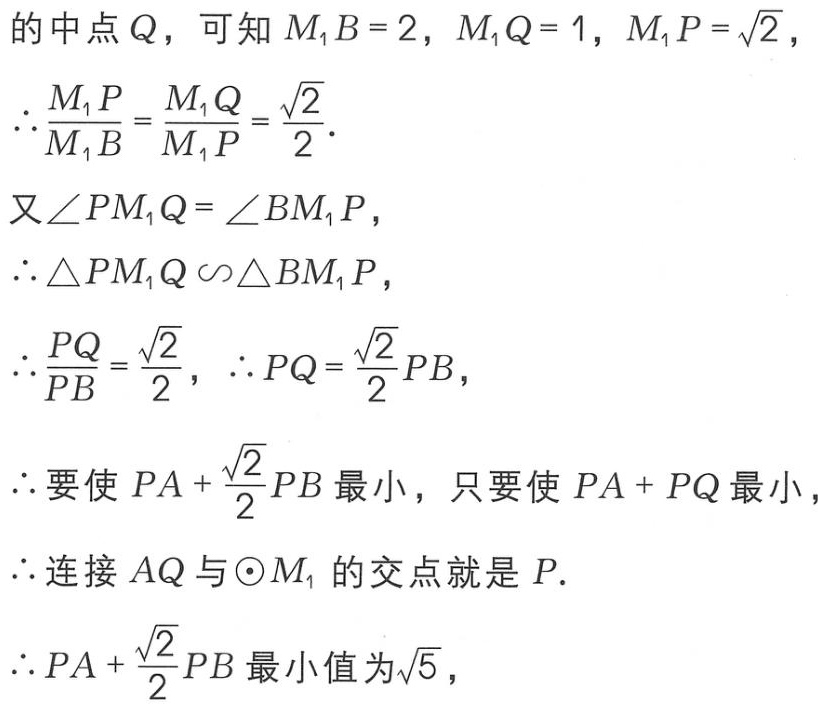
的中点\(Q\)，可知\(M_1B = 2\)，\(M_1Q = 1\)，\(M_1P = \sqrt{2}\)，
\(\therefore \frac{M_1P}{M_1B}=\frac{M_1Q}{M_1P}=\frac{\sqrt{2}}{2}\).
又\(\angle PM_1Q = \angle BM_1P\)，
\(\therefore \triangle PM_1Q \backsim \triangle BM_1P\)，
\(\therefore \frac{PQ}{PB}=\frac{\sqrt{2}}{2}\)，\(\therefore PQ = \frac{\sqrt{2}}{2}PB\)，
\(\therefore\)要使\(PA + \frac{\sqrt{2}}{2}PB\)最小，只要使\(PA + PQ\)最小，
\(\therefore\)连接\(AQ\)与\(\odot M_1\)的交点就是\(P\).
\(\therefore PA + \frac{\sqrt{2}}{2}PB\)最小值为\(\sqrt{5}\)，